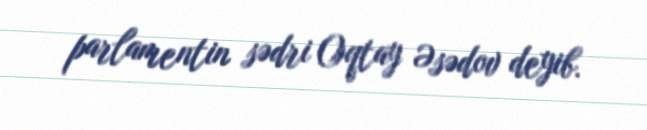
parlamentin sədri Oqtay Əsədov deyib.